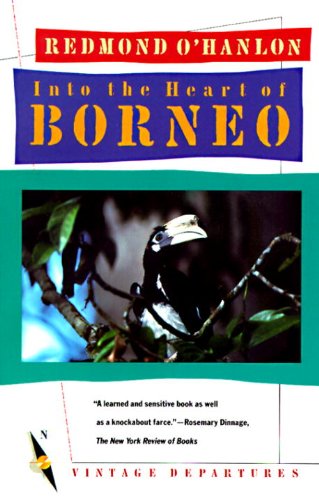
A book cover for Into the Heart of Borneo; Redmond O'Hanlon; Travel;